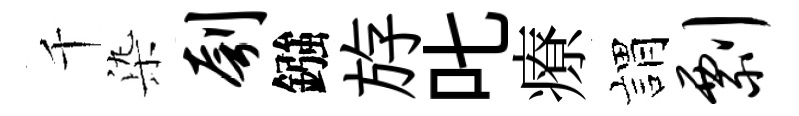
千𣑱刳鏹斿叱療娟剽